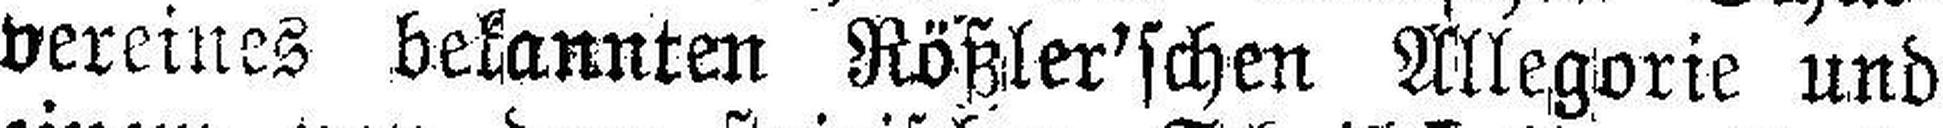
vereines bekannten Rößler'schen Allegorie und